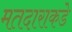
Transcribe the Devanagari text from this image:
मतदाराकडे